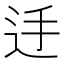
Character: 𨑲